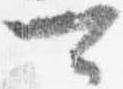
可